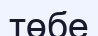
төбе